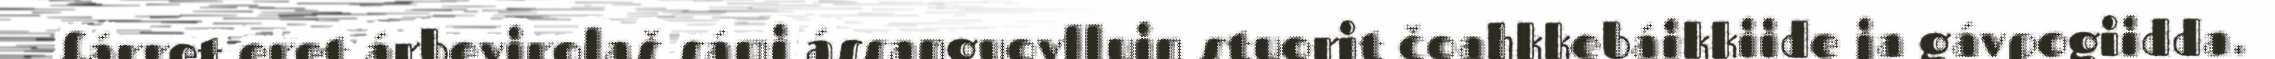
fárret eret árbevirolaš sámi ássanguovlluin stuorit čoahkkebáikkiide ja gávpogiidda.